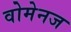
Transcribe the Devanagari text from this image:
वोमेनज